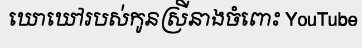
ឃោឃៅរបស់កូនស្រីនាងចំពោះ YouTube